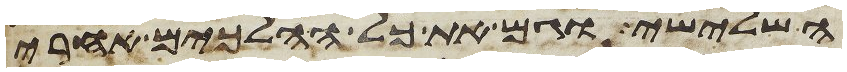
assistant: השלישי וגם את כל ההלכים אחרי